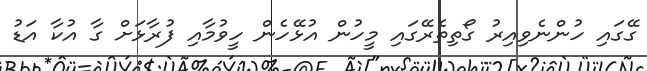
ގޭގައި ހުންނެވިއިރު ގޯތިތެރޭގައި މީހުން އުޅޭހެން ހީވުމާއި ފުރާޅަށް ގާ އުކާ އަޑު